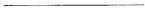
___